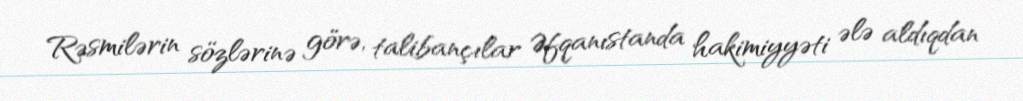
Rəsmilərin sözlərinə görə, talibançılar Əfqanıstanda hakimiyyəti ələ aldıqdan